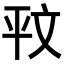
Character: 𭙁